Indian journal of veterinary science and animal husbandry - Volume 13,
Year: 1943
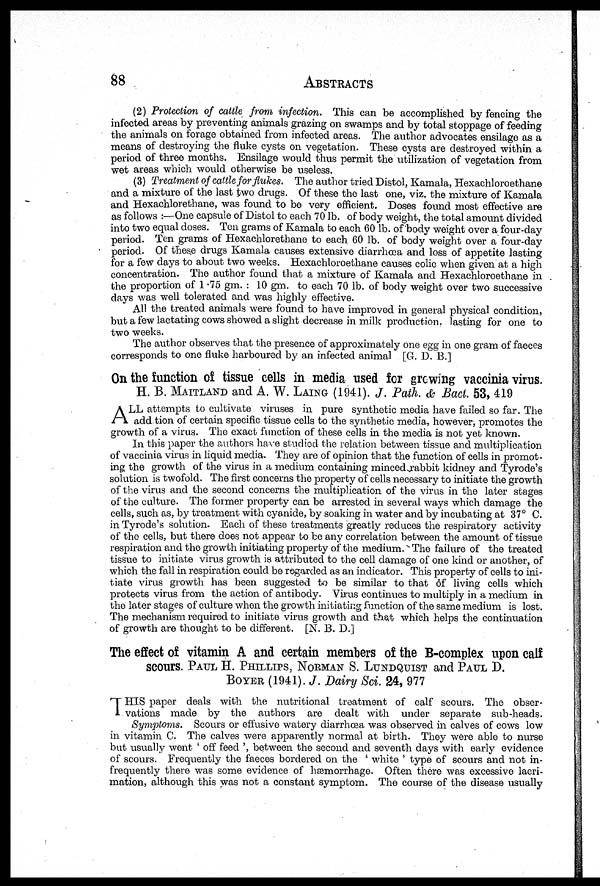
88
ABSTRACTS
(2) Protection of cattle from infection. This can be accomplished by fencing the
infected areas by preventing animals grazing on swamps and by total stoppage of feeding
the animals on forage obtained from infected areas. The author advocates ensilage as a
means of destroying the fluke cysts on vegetation. These cysts are destroyed within a
period of three months. Ensilage would thus permit the utilization of vegetation from
wet areas which would otherwise be useless.
(3) Treatment of cattle for flukes. The author tried Distol, Kamala, Hexachloroethane
and a mixture of the last two drugs. Of these the last one, viz. the mixture of Kamala
and Hexachlorethane, was found to be very efficient. Doses found most effective are
as follows :—One capsule of Distol to each 70 lb. of body weight, the total amount divided
into two equal doses. Ten grams of Kamala to each 60 lb. of body weight over a four-day
period. Ten grams of Hexachlorethane to each 60 lb. of body weight over a four-day
period. Of these drugs Kamala causes extensive diarrhœa and loss of appetite lasting
for a few days to about two weeks. Hexachloroethane causes colic when given at a high
concentration. The author found that a mixture of Kamala and Hexachloroethane in
the proportion of 1 .75 gm. : 10 gm. to each 70 lb. of body weight over two successive
days was well tolerated and was highly effective.
All the treated animals were found to have improved in general physical condition,
but a few lactating cows showed a slight decrease in milk production. lasting for one to
two weeks.
The author observes that the presence of approximately one egg in one gram of faeces
corresponds to one fluke harboured by an infected animal [G. D. B.]
On the function of tissue cells in media used for growing vaccinia virus.
H. B. MAITLAND and A. W. LAING (1941). J. Path. & Bact. 53, 419
A LL attempts to cultivate viruses in pure synthetic media have failed so far. The
add tion of certain specific tissue cells to the synthetic media, however, promotes the
growth of a virus. The exact function of these cells in the media is not yet known.
In this paper the authors have studied the relation between tissue and multiplication
of vaccinia virus in liquid media. They are of opinion that the function of cells in promot-
ing the growth of the virus in a medium containing minced rabbit kidney and Tyrode's
solution is twofold. The first concerns the property of cells necessary to initiate the growth
of the virus and the second concerns the multiplication of the virus in the later stages
of the culture. The former property can be arrested in several ways which damage the
cells, such as, by treatment with cyanide, by soaking in water and by incubating at 37° C.
in Tyrode's solution. Each of these treatments greatly reduces the respiratory activity
of the cells, but there does not appear to be any correlation between the amount of tissue
respiration and the growth initiating property of the medium. The failure of the treated
tissue to initiate virus growth is attributed to the cell damage of one kind or another, of
which the fall in respiration could be regarded as an indicator. This property of cells to ini-
tiate virus growth has been suggested to be similar to that of living cells which
protects virus from the action of antibody. Virus continues to multiply in a medium in
the later stages of culture when the growth initiating function of the same medium is lost.
The mechanism required to initiate virus growth and that which helps the continuation
of growth are thought to be different. [N. B. D.]
The effect of vitamin A and certain members of the B-complex upon calf
scours. PAUL H. PHILLIPS, NORMAN S. LUNDQUIST and PAUL D.
BOYER (1941). J. Dairy Sci. 24, 977
T HIS paper deals with the nutritional treatment of calf scours. The obser-
vations made by the authors are dealt with under separate sub-heads.
Symptoms. Scours or effusive watery diarrhœa was observed in calves of cows low
in vitamin C. The calves were apparently normal at birth. They were able to nurse
but usually went ' off feed ', between the second and seventh days with early evidence
of scours. Frequently the faeces bordered on the ' white ' type of scours and not in-
frequently there was some evidence of hæmorrhage. Often there was excessive lacri¬
mation, although this was not a constant symptom. The course of the disease usually